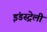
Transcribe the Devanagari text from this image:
इंडस्ट्रेली